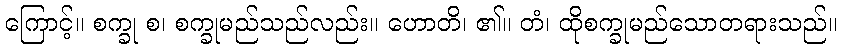
ကြောင့်။ စက္ခု စ၊ စက္ခုမည်သည်လည်း။ ဟောတိ၊ ၏။ တံ၊ ထိုစက္ခုမည်သောတရားသည်။